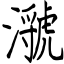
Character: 㶁